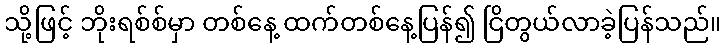
သို့ဖြင့် ဘိုးရစ်စ်မှာ တစ်နေ့ ထက်တစ်နေ့ပြန်၍ ငြိတွယ်လာခဲ့ပြန်သည်။